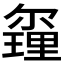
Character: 𨤰